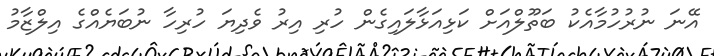
އޭނަ ނުރުހުމާއެކު ބަތޫލްއަށް ކަޅިއަޅާލައިގެން ހުރި އިރު ވެދިޔަ ހުރިހާ ނުބަޔެއްގެ އިލްޒާމު